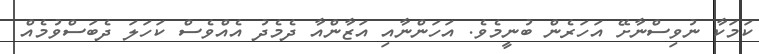
ކަމަކާ ނުވިސްނާށޭ އަހަރެން ބުނީމެވެ. އަހަންނާއި އަޒާންއާ ދެމެދު އެއްވެސް ކަހަލަ ދެބަސްވުމެއް